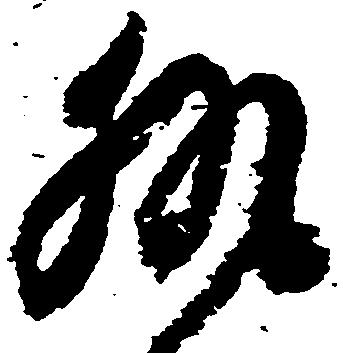
執